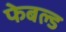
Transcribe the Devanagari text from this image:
फेबल्ड